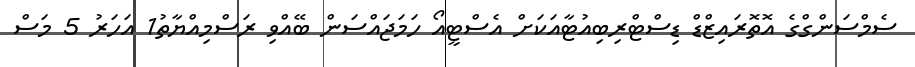
ސެމްސަންގްގެ އޮތޮރައިޒްޑް ޑިސްޓްރިބިއުޓާއަކަށް އެސްޓީއޯ ހަމަޖައްސަން ބޭއްވި ރަސްމިއްޔާތު1 އަހަރު 5 މަސް